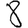
Digit: 8